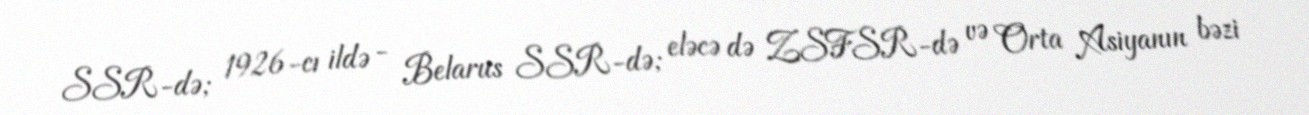
SSR-də; 1926-cı ildə - Belarus SSR-də; eləcə də ZSFSR-də və Orta Asiyanın bəzi